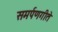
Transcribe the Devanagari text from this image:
समर्पणगीते